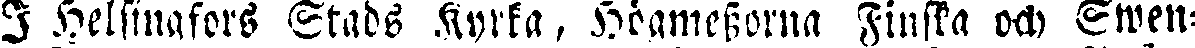
I Helsingfors Stads Kyrka, Högmessorna Finska och Ewen-